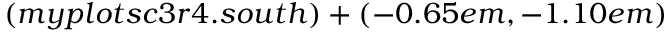
( m y p l o t s c 3 r 4 . s o u t h ) + ( - 0 . 6 5 e m , - 1 . 1 0 e m )